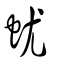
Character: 蚘